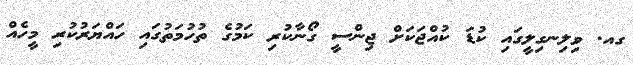
ގއ. ވިލިނގިލީގައި ކުޑަ ކުއްޖަކަށް ޖިންސީ ގޯނާކުރި ކަމުގެ ތުހުމަތުގައި ހައްޔަރުކުރި މީހެއް